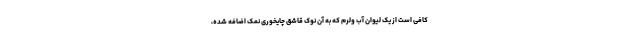
کافی است از یک لیوان آب ولرم که به آن نوک قاشق چایخوری نمک اضافه شده،